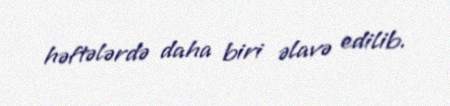
həftələrdə daha biri əlavə edilib.